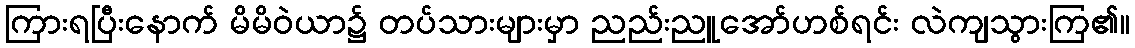
ကြားရပြီးနောက် မိမိဝဲယာ၌ တပ်သားများမှာ ညည်းညူအော်ဟစ်ရင်း လဲကျသွားကြ၏။